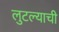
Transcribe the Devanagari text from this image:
लुटल्याची